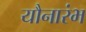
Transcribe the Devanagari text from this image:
यौनारंभ